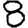
Digit: 8